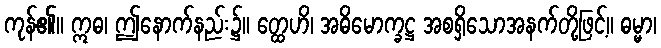
ကုန်၏။ ဣဓ၊ ဤနောက်နည်း၌။ တ္ထေဟိ၊ အဓိမောက္ခဋ္ဌ အစရှိသောအနက်တို့ဖြင့်။ ဓမ္မာ၊